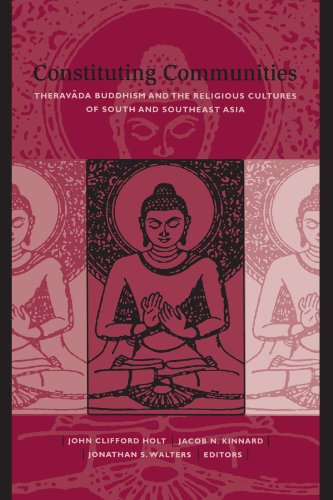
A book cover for Constituting Communities: Theravada Buddhism and the Religious Cultures of South and Southeast Asia (Suny Series in Buddhist Studies); John Clifford Holt; Religion & Spirituality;